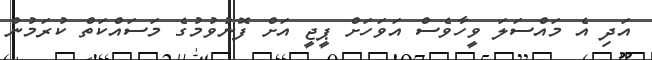
އަދި އެ މައްސަލަ ވީހާވެސް އަވަހަށް ޕީޖީ އަށް ފޮނުވުމުގެ މަސައްކަތް ކުރަމުން